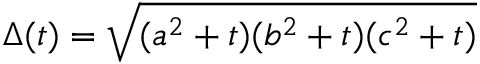
\Delta ( t ) = \sqrt { ( a ^ { 2 } + t ) ( b ^ { 2 } + t ) ( c ^ { 2 } + t ) }